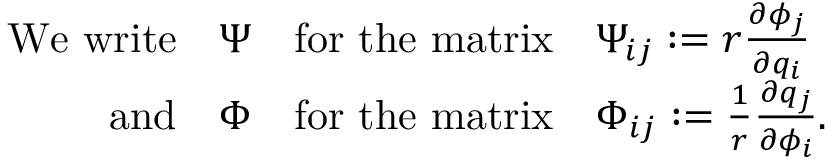
\begin{array} { r c c l } { \mathrm { W e ~ w r i t e } } & { \Psi } & { \mathrm { f o r ~ t h e ~ m a t r i x } } & { \Psi _ { i j } : = r \frac { \partial \phi _ { j } } { \partial q _ { i } } } \\ { \mathrm { a n d } } & { \Phi } & { \mathrm { f o r ~ t h e ~ m a t r i x } } & { \Phi _ { i j } : = \frac { 1 } { r } \frac { \partial q _ { j } } { \partial \phi _ { i } } . } \end{array}